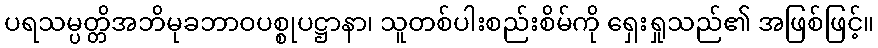
ပရသမ္ပတ္တိအဘိမုခဘာဝပစ္စုပဋ္ဌာနာ၊ သူတစ်ပါးစည်းစိမ်ကို ရှေးရှုသည်၏ အဖြစ်ဖြင့်။